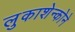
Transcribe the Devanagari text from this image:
लुकाशेन्कोने